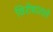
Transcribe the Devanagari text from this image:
विरोधातले